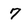
Character: 7